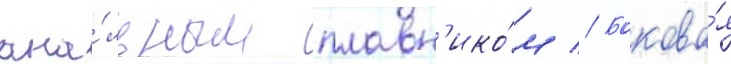
ана́льным плавн'ико́м // Бокова́я